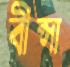
বীপ্সা